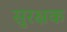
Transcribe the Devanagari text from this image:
सुरक्षक